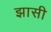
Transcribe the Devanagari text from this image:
झासी